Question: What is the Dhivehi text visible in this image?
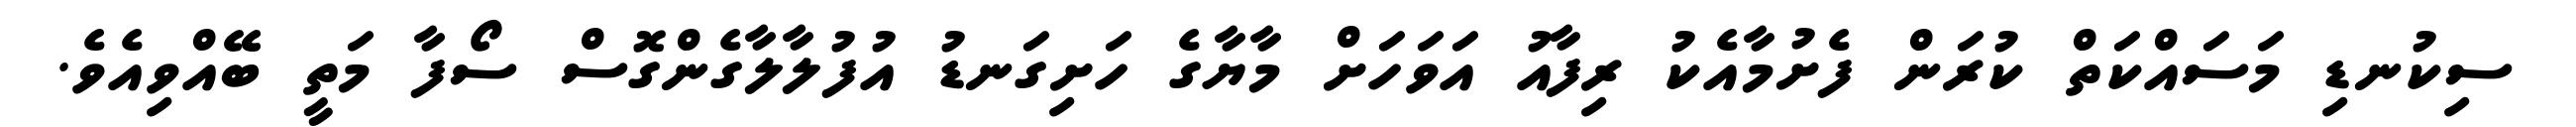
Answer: ސިކުނޑި މަސައްކަތް ކުރަން ފެށުމާއެކު ރިފާއު އަވަހަށް މާޔާގެ ހަށިގަނޑު އުފުލާލާގެންގޮސް ސޯފާ މަތީ ބޭއްވިއެވެ.